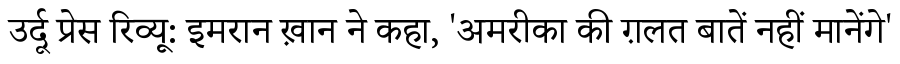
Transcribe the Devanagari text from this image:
उर्दू प्रेस रिव्यू: इमरान ख़ान ने कहा, 'अमरीका की ग़लत बातें नहीं मानेंगे'